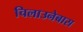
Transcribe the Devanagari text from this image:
चिलाउनेबास